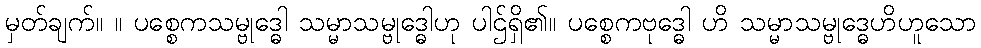
မှတ်ချက်။ ။ ပစ္စေကသမ္ဗုဒ္ဓေါ သမ္မာသမ္ဗုဒ္ဓေါဟု ပါဌ်ရှိ၏။ ပစ္စေကဗုဒ္ဓေါ ဟိ သမ္မာသမ္ဗုဒ္ဓေဟိဟူသော